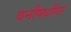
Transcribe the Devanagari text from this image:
वनौषधींवर